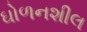
ઘોળનશીલ